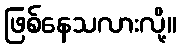
ဖြစ်နေသလားလို့။